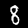
Label: 8